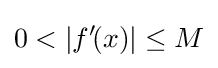
0<|f'\!(x)|\leq M